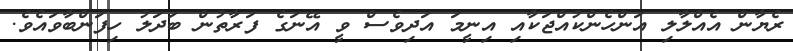
ރެޔާން އެއްލާލި އަންހެންކުއްޖަކާއި އިނީމަ އަދިވެސް ވީ އޭނަގެ ފަރާތުން ބަދަލު ހިފަންބާވައެވެ.